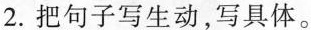
2.把句子写生动，写具体。